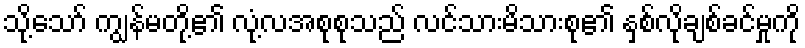
သို့သော် ကျွန်မတို့၏ လုံ့လအစုစုသည် လင်သားမိသားစု၏ နှစ်လိုချစ်ခင်မှုကို